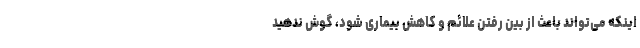
اینکه می‌تواند باعث از بین رفتن علائم و کاهش بیماری شود، گوش ندهید